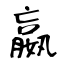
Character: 嬴